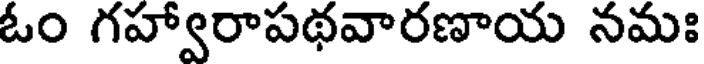
ఓం గహ్వారాపథవారణాయ నమః